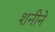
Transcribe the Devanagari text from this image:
शनीने